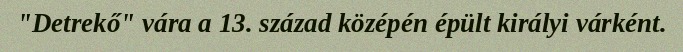
"Detrekő" vára a 13. század középén épült királyi várként.